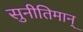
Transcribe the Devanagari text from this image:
सुनीतिमान्‌